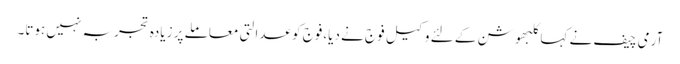
آرمی چیف نے کہاکلبھوشن کے لئے وکیل فوج نے دیا،فوج کو عدالتی معاملے پر زیادہ تجربہ نہیں ہوتا۔